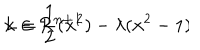
LaTeX: L = \frac { 1 } { 2 } ( \dot { \bf x } ^ { 2 } ) - \lambda ( { \bf x } ^ { 2 } - 1 ) \hspace { 1 . 0 c m } \bf x \in { \cal R } ^ { n + 1 }